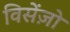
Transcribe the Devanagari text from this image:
विसेंज़ो